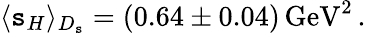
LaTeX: \langle\mathtt{s}_{H}\rangle_{D_{\mathtt{s}}}=(0.64\pm0.04)\, \mathrm{{GeV}}^{2}\, .